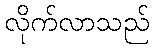
လိုက်လာသည်